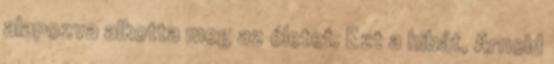
alapozva alkotta meg az életet. Ezt a hibát, Arnold